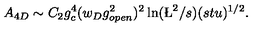
A _ { 4 D } \sim C _ { 2 } g _ { c } ^ { 4 } ( w _ { D } g _ { o p e n } ^ { 2 } ) ^ { 2 } \ln ( \L ^ { 2 } / s ) ( s t u ) ^ { 1 / 2 } .